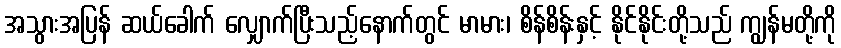
အသွားအပြန် ဆယ်ခေါက် လျှောက်ပြီးသည့်နောက်တွင် မာမား၊ စိန်စိန်းနှင့် နိုင်နိုင်းတို့သည် ကျွန်မတို့ကို